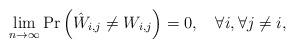
LaTeX: \begin{align*}\lim\limits_{n\rightarrow \infty} \textrm{Pr}\left(\hat{W}_{i,j} \neq W_{i,j}\right)=0,~~~\forall i, \forall j \neq i,\end{align*}